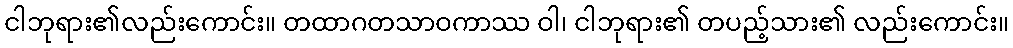
ငါဘုရား၏လည်းကောင်း။ တထာဂတသာဝကာဿ ဝါ၊ ငါဘုရား၏ တပည့်သား၏ လည်းကောင်း။